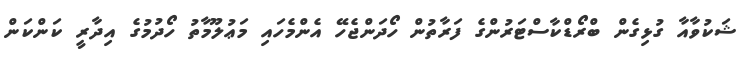
ޝަކުވާއާ ގުޅިގެން ބްރޯޑްކާސްޓަރުންގެ ފަރާތުން ހޯދަންޖެހޭ އެންމެހައި މަޢުލޫމާތު ހޯދުމުގެ އިދާރީ ކަންކަން